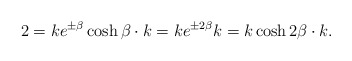
\begin{align*} 2 =ke^{\pm\beta }\cosh \beta \cdot k = ke^{\pm 2\beta }k = k\cosh 2\beta \cdot k.\end{align*}